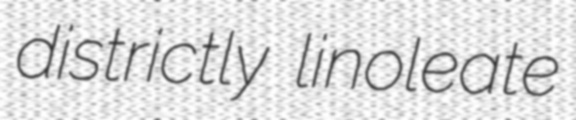
districtly linoleate